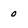
Character: 0